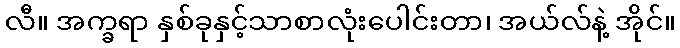
လီ။ အက္ခရာ နှစ်ခုနှင့်သာစာလုံးပေါင်းတာ၊ အယ်လ်နဲ့ အိုင်။